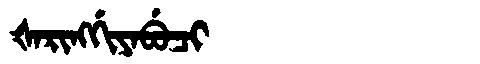
Manchu: ᡧᠠᡵᡳᠩᡤᡳᠶᠠᠪᡠᠴᡳ
Romanization: ŠARINGGIYABUCI